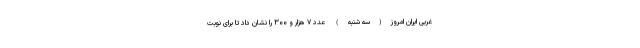
غربی ایران امروز(سه شنبه) عدد ۷ هزار و ۳۰۰ را نشان داد تا برای نوبت